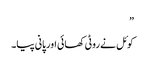
”
کوئل نے روٹی کھائی اور پانی پیا۔